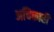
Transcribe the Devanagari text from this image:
अचिकारी